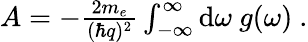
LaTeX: \begin{array}{r}{A=-\frac{2m_{e}}{(\hbar q)^{2}}\int_{-\infty}^{\infty}\textnormal{d}\omega\ g(\omega)\ .}\end{array}